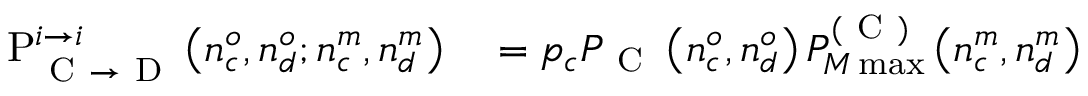
\begin{array} { r l } { \mathrm { P } _ { \mathrm { ~ C ~ } \rightarrow \mathrm { ~ D ~ } } ^ { i \rightarrow i } \left( n _ { c } ^ { o } , n _ { d } ^ { o } ; n _ { c } ^ { m } , n _ { d } ^ { m } \right) } & { { } = p _ { c } P _ { \mathrm { ~ C ~ } } \left( n _ { c } ^ { o } , n _ { d } ^ { o } \right) P _ { M \operatorname* { m a x } } ^ { ( \mathrm { ~ C ~ } ) } \left( n _ { c } ^ { m } , n _ { d } ^ { m } \right) } \end{array}